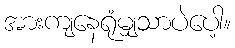
အားကျနေရုံမျှသာပဲပေါ့။